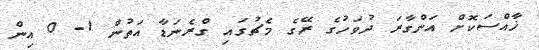
ޚާއްސަކޮށް އަންގާރަ ދުވަހުގެ ރޭގެ މެޗުގައި ގްރެނަޑާ އަތުން 1- 0 އިން